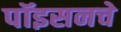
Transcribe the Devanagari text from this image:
पॉइसनचे